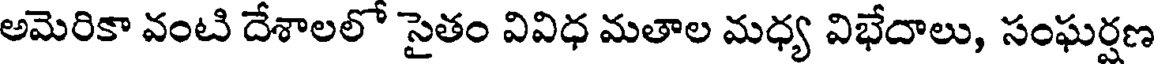
అమెరికా వంటి దేశాలలో సైతం వివిధ మతాల మధ్య విభేదాలు, సంఘర్షణ